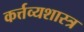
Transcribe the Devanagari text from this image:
कर्त्तव्यशास्त्र